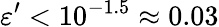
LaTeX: \varepsilon^{\prime}<10^{-1.5}\approx 0.03